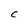
Character: C